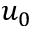
u _ { 0 }